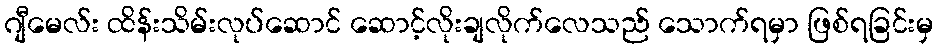
ဂျီမေလ်း ထိန်းသိမ်းလုပ်ဆောင် ဆောင့်လိုးချလိုက်လေသည် သောက်ရမှာ ဖြစ်ရခြင်းမှ